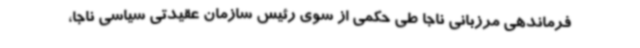
فرماندهی مرزبانی ناجا طی حکمی از سوی رئیس سازمان عقیدتی سیاسی ناجا،